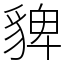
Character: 貏